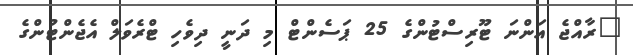
"ރާއްޖެ އަންނަ ޓޫރިސްޓުންގެ 25 ޕަސެންޓް މި ދަނީ ދިވެހި ޓްރެވަލް އެޖެންޓުންގެ